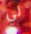
لي